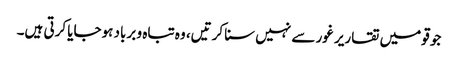
جو قومیں تقاریر غور سے نہیں سنا کرتیں، وہ تباہ و برباد ہوجایا کرتی ہیں۔